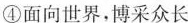
④面向世界，博采众长